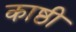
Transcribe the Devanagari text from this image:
काष्ठी